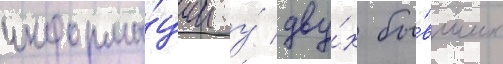
информа́ции у́ дву́х бы́вших